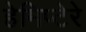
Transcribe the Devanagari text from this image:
हेमिप्टेरे